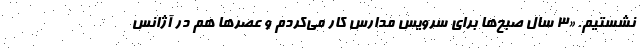
نشستیم. «۳ سال صبح‌ها برای سرویس مدارس کار می‌کردم و عصرها هم در آژانس